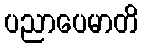
ပညာပေမာတိ